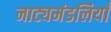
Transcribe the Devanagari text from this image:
नाट्यमंडलियाँ